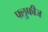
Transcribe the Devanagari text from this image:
फ्लुफीज